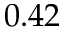
0 . 4 2